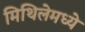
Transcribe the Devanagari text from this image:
मिथिलेमध्ये